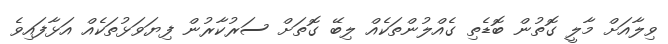
ވިލާއަށް މާލީ ގޮތުން ބޮޑެތި ގެއްލުންތަކެއް ލިބޭ ގޮތަށް ސަރުކާރުން ފިޔަވަޅުތަކެއް އަޅާފައިވެ